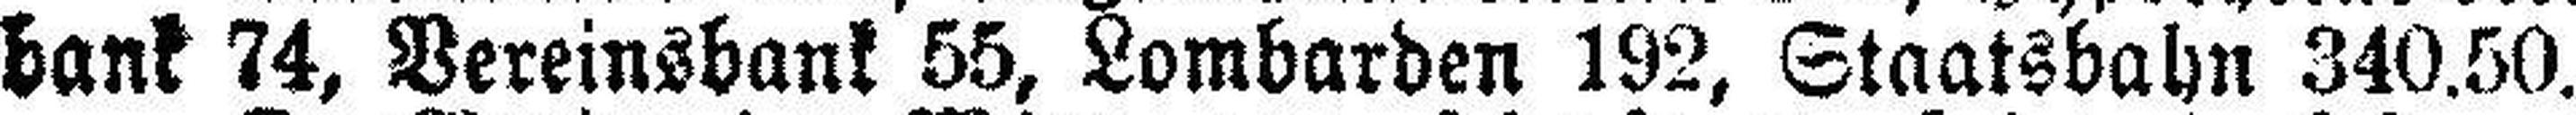
bank 74, Vereinsbank 55, Lombarden 192, Staatsbahn 340.50.